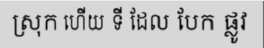
ស្រុក ហើយ ទី ដែល បែក ផ្លូវ